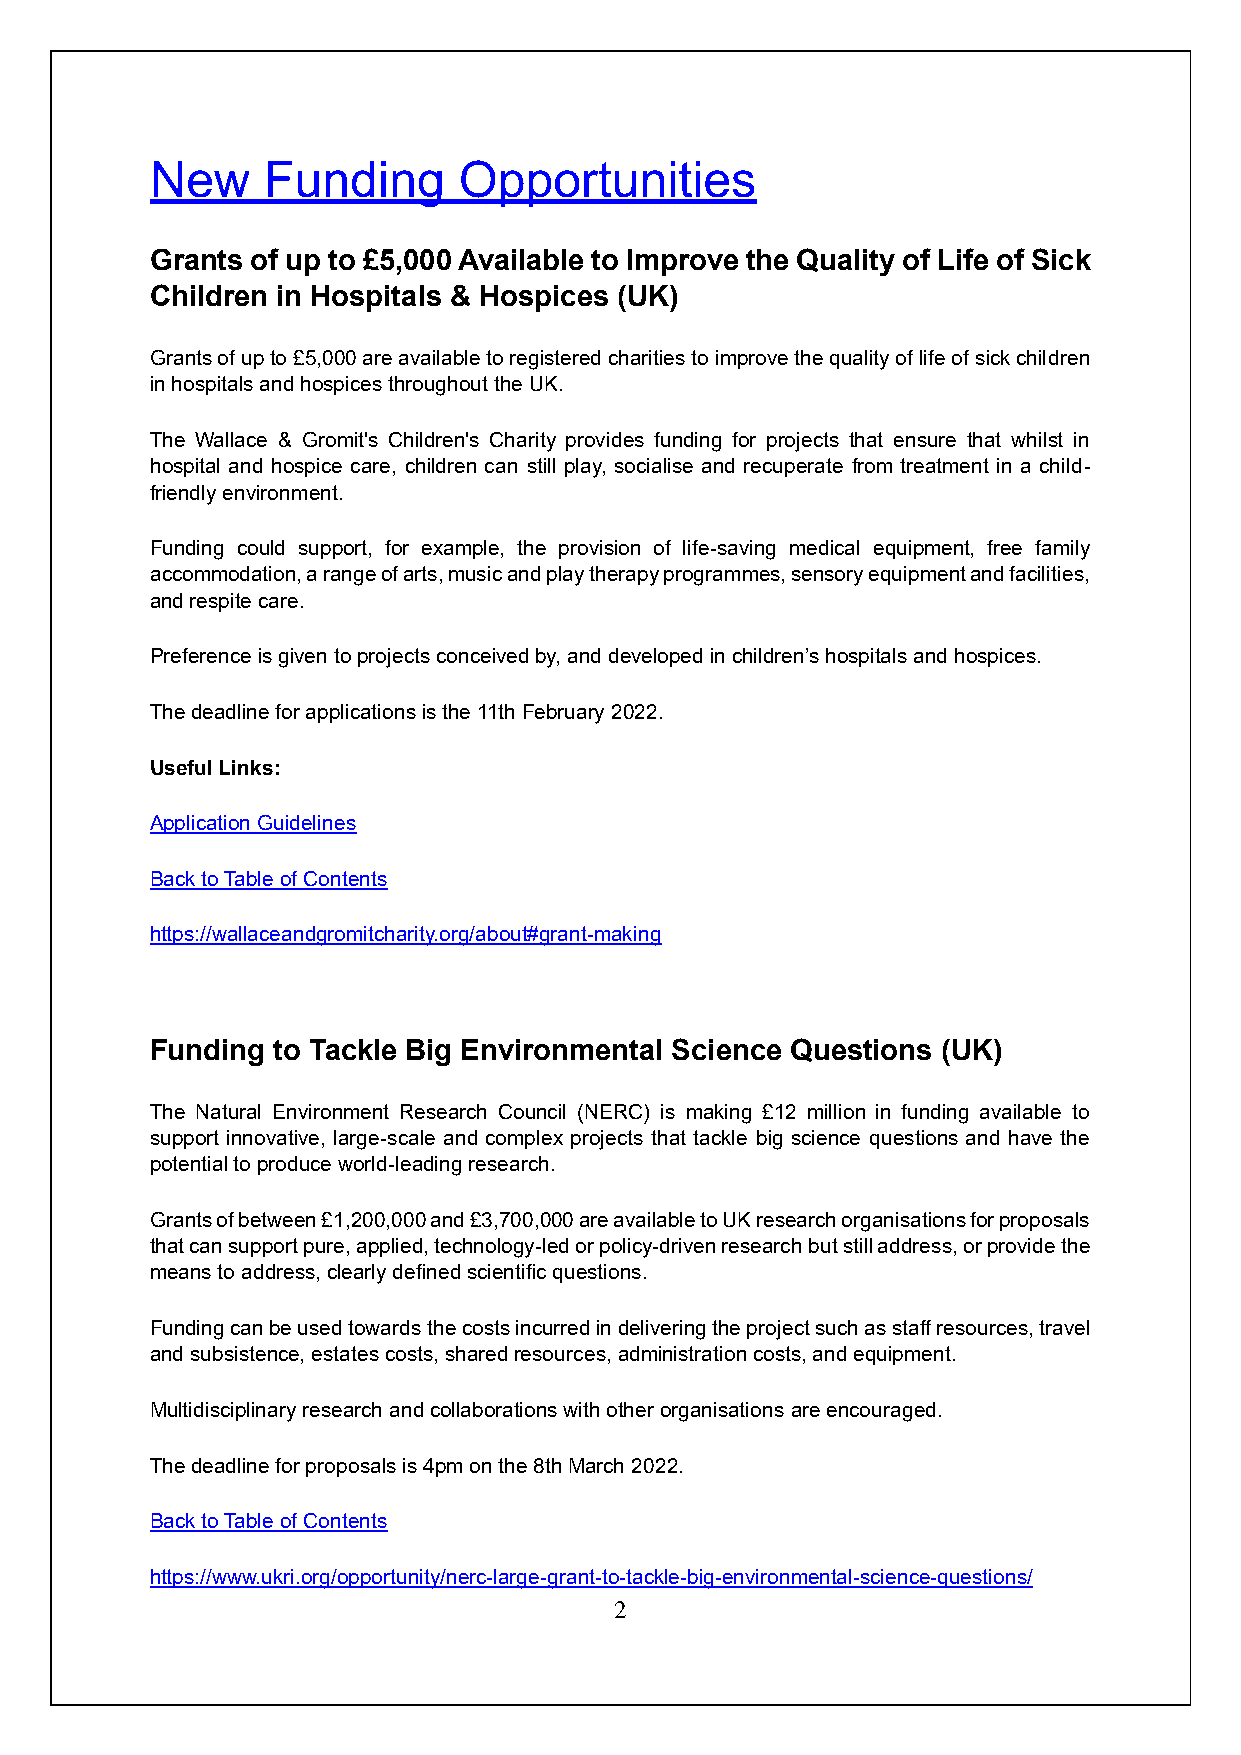
New    Funding      Opportunities
 Grants of up to £5,000 Available to Improve the Quality of Life of Sick
 Children in Hospitals & Hospices (UK)
 Grants of up to £5,000 are available to registered charities to improve the quality of life of sick children
 in hospitals and hospices throughout the UK.
 The Wallace & Gromit's Children's Charity provides funding for projects that ensure that whilst in
 hospital and hospice care, children can still play, socialise and recuperate from treatment in a child-
 friendly environment.
 Funding could support, for example, the provision of life-saving medical equipment, free family
 accommodation, a range of arts, music and play therapy programmes, sensory equipment and facilities,
 and respite care.
 Preference is given to projects conceived by, and developed in children’s hospitals and hospices.
 The deadline for applications is the 11th February 2022.
 Useful Links:
 Application Guidelines
 Back to Table of Contents
 https://wallaceandgromitcharity.org/about#grant-making
 Funding to Tackle Big Environmental Science Questions (UK)
 The Natural Environment Research Council (NERC) is making £12 million in funding available to
 support innovative, large-scale and complex projects that tackle big science questions and have the
 potential to produce world-leading research.
 Grants of between £1,200,000 and £3,700,000 are available to UK research organisations for proposals
 that can support pure, applied, technology-led or policy-driven research but still address, or provide the
 means to address, clearly defined scientific questions.
 Funding can be used towards the costs incurred in delivering the project such as staff resources, travel
 and subsistence, estates costs, shared resources, administration costs, and equipment.
 Multidisciplinary research and collaborations with other organisations are encouraged.
 The deadline for proposals is 4pm on the 8th March 2022.
 Back to Table of Contents
 https://www.ukri.org/opportunity/nerc-large-grant-to-tackle-big-environmental-science-questions/
 2